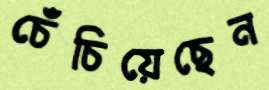
চেঁচিয়েছেন